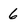
Character: 6